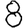
Digit: 8